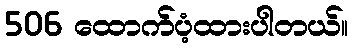
506 ထောက်ပံ့ထားပါတယ်။